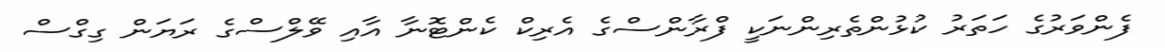
ފެންވަރުގެ ހަތަރު ކުޅުންތެރިންނަކީ ފްރާންސްގެ އެެރިކް ކެންޓޮނާ އާއި ވޭލްސްގެ ރަޔަން ގިގްސް